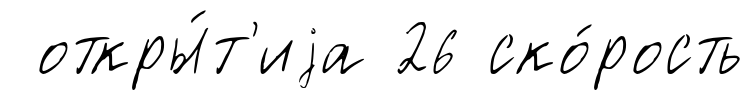
откры́т'иjа 26 ско́рость